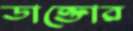
ডাক্তোর